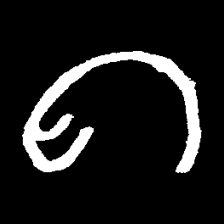
Pyu character \u2014 Myanmar letter: ဂ (romanized: ga)